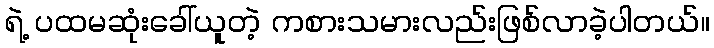
ရဲ့ ပထမဆုံးခေါ်ယူတဲ့ ကစားသမားလည်းဖြစ်လာခဲ့ပါတယ်။